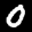
Label: 0